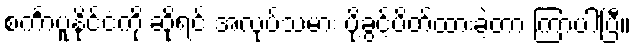
စင်္ကာပူနိုင်ငံကို ဆိုရင် အလုပ်သမား ပို့ခွင့်ပိတ်ထားခဲ့တာ ကြာပါပြီ။